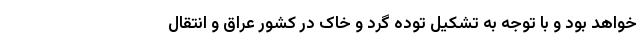
خواهد بود و با توجه به تشکیل توده گرد و خاک در کشور عراق و انتقال